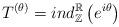
LaTeX: \begin{align*}T^{\left(\theta\right)}=ind_{\mathbb{Z}}^{\mathbb{R}}\left(e^{i\theta}\right)\end{align*}